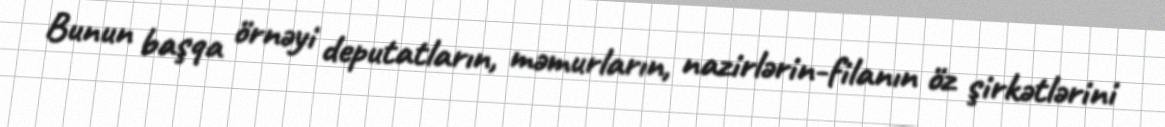
Bunun başqa örnəyi deputatların, məmurların, nazirlərin-filanın öz şirkətlərini